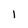
Character: l